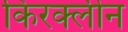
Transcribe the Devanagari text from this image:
किरक्लीन